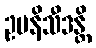
ဥပနိသီဒန္တိ